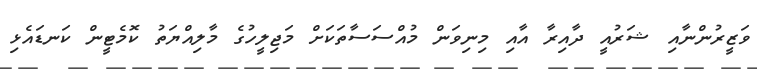
ވަޒީރުންނާއި ޝަރުއީ ދާއިރާ އާއި މިނިވަން މުއްސަސާތަކަށް މަޖިލީހުގެ މާލިއްޔަތު ކޮމެޓީން ކަނޑައެޅި